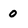
Character: 0